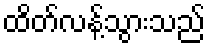
ထိတ်လန့်သွားသည်